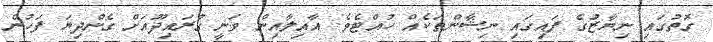
ގޮތުގައި ނިޔާޒުގެ ފައިގައި ނިޝާންތަކެއް ހުއްޓެވެ. އާއިލާއިން ވަނީ ގުރައިދޫއަށް ގެންދިޔަ ފަހުން